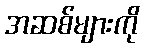
အဆစ်များကို